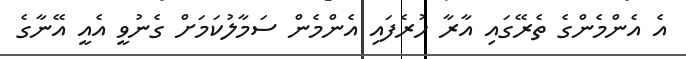
އެ އެންމެންގެ ތެރޭގައި އާރާ ހުރެފައި އެންމެން ސަމާލުކަމަށް ގެނުވީ އެއީ އޭނާގެ